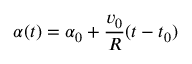
\alpha ( t ) = \alpha _ { 0 } + \frac { v _ { 0 } } { R } ( t - t _ { 0 } )